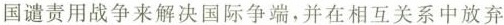
国谴责用战争来解决国际争端，并在相互关系中放弃